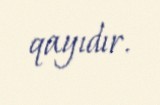
qayıdır.